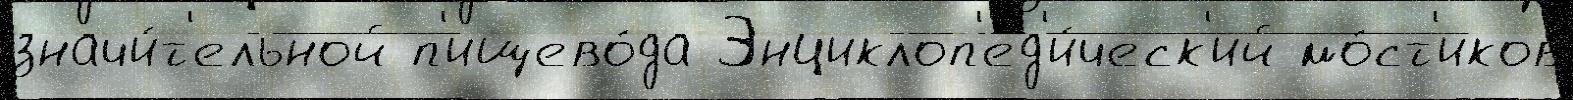
значи́т'ельной п'ищево́да Энциклоп'ед'и́ческ'ий мо́ст'иков